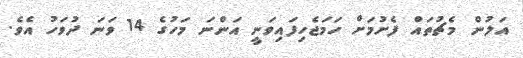
އަލުން މެޗުތައް ފެށުމަށް ހަމަޖެހިފައިވަނީ އަންނަ މަހުގެ 14 ވަނަ ދުވަހު އެވެ.